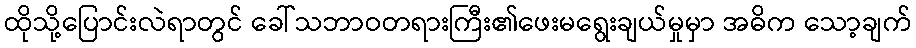
ထိုသို့ပြောင်းလဲရာတွင် ခေါ်သဘာဝတရားကြီး၏ဖေးမရွေးချယ်မှုမှာ အဓိက သော့ချက်